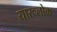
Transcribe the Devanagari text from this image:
यारूलोक